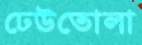
ঢেউতোলা